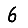
Digit: 6